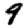
Digit: 9